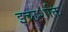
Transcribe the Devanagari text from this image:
इच्छशक्ति